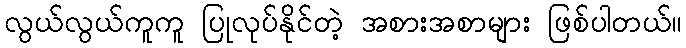
လွယ်လွယ်ကူကူ ပြုလုပ်နိုင်တဲ့ အစားအစာများ ဖြစ်ပါတယ်။